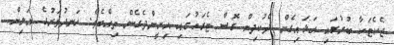
ޖެކެޓަކާ ބުރުގައި އަޅައިގެން ދެކުދިން ގޮސް ޓެރަހުގައި އިށީންދެގެން ތިއްބެވެ. ހަނދުވަރުގެ އަލިން